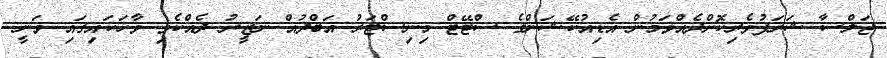
ޖަލްސާ ޝަރަފުވެރިކޮށްދެއްވަމުން އެޑިއުކޭޝަންގެ ސްޓޭޓް މިނިސްޓަރު އަބްދުއް ނަޒީރު ދެއްކެވި ވާހަކައިގައި ވަނީ